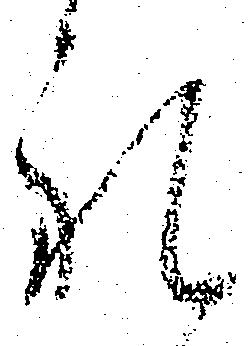
礼